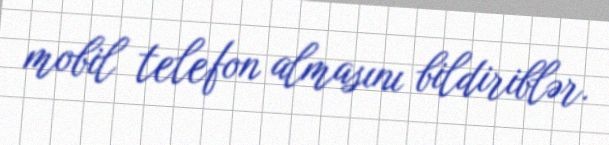
mobil telefon almasını bildiriblər.